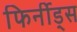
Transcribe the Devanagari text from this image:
फिर्नीड्स